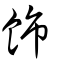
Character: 飾